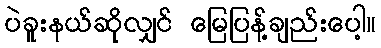
ပဲခူးနယ်ဆိုလျှင် မြေပြန့်ချည်းပေါ့။